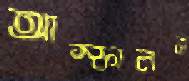
আস্ফালন